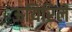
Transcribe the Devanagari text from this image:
ऊयिरिले